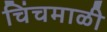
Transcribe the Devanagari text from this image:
चिंचमाळी